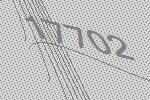
17702